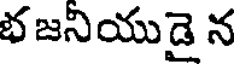
భజనియుడై న